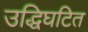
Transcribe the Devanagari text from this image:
उद्धिघटित